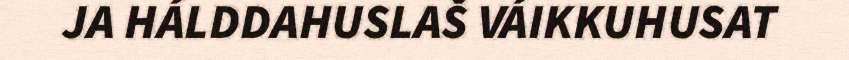
JA HÁLDDAHUSLAŠ VÁIKKUHUSAT